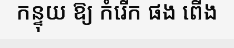
កន្ទុយ ឱ្យ កំរើក ផង ពើង